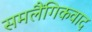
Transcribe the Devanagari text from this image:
समलैंगिकवाद